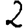
Digit: 2